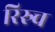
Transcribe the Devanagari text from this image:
रिस्र्च